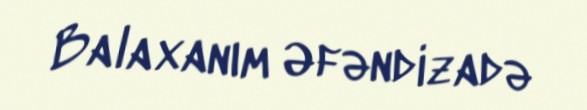
Balaxanım Əfəndizadə